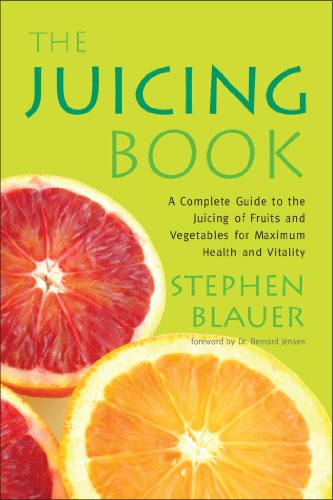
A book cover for The Juicing Book: A Complete Guide to the Juicing of Fruits and Vegetables for Maximum Health (Avery Health Guides); Stephen Blauer; Cookbooks, Food & Wine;